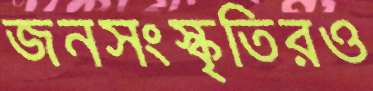
জনসংস্কৃতিরও